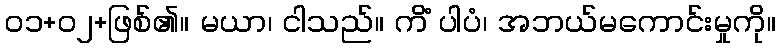
၀၁+၀၂+ဖြစ်၏။ မယာ၊ ငါသည်။ ကိံ ပါပံ၊ အဘယ်မကောင်းမှုကို။